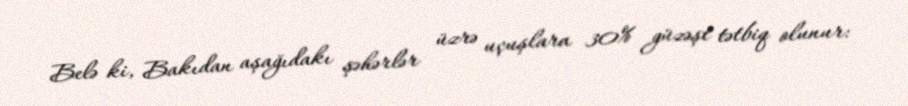
Belə ki, Bakıdan aşağıdakı şəhərlər üzrə uçuşlara 30% güzəşt tətbiq olunur: